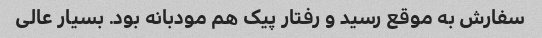
سفارش به موقع رسید و رفتار پیک هم مودبانه بود. بسیار عالی